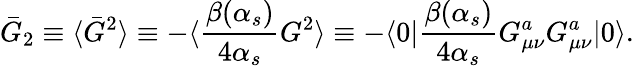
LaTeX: \bar{G}_{2}\equiv\langle\bar{G}^{2}\rangle\equiv-\langle{\frac{\beta(\alpha_{s})}{4\alpha_{s}}}G^{2}\rangle\equiv-\langle{0}|{\frac{\beta(\alpha_{s})}{4\alpha_{s}}}G_{\mu\nu}^{a}G_{\mu\nu}^{a}|{0}\rangle.